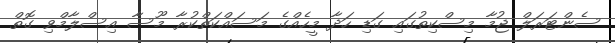
ސެންޓަރަލް ޖުމާ މިސްކިތުގައި ގަޑި ހަދާ މީހެއްގެ މަސައްކަތްކުރާ މޫސާ އިސްލާމްވި ގޮތް